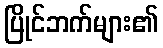
ပြိုင်ဘက်များ၏